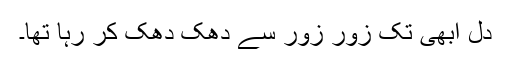
دل ابھی تک زور زور سے دھک دھک کر رہا تھا۔